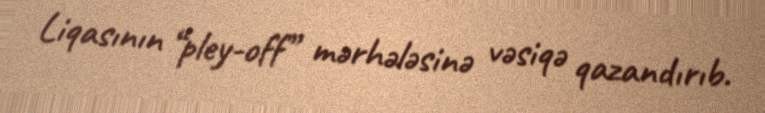
Liqasının “pley-off” mərhələsinə vəsiqə qazandırıb.